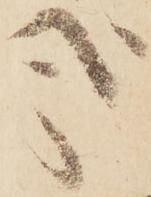
哉